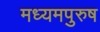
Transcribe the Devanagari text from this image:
मध्‍यमपुरुष